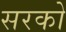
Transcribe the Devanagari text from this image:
सरको